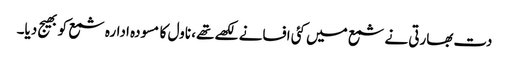
دت بھارتی نے شمع میں کئی افسانے لکھے تھے، ناول کا مسودہ ادارہ شمع کو بھیج دیا۔